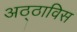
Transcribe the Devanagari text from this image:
अठ्ठाविस